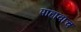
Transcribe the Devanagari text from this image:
पाहावाच